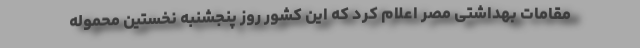
مقامات بهداشتی مصر اعلام کرد که این کشور روز پنجشنبه نخستین محموله